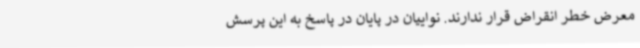
معرض خطر انقراض قرار ندارند. نواییان در پایان در پاسخ به این پرسش